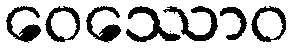
ဝေဿောဝ